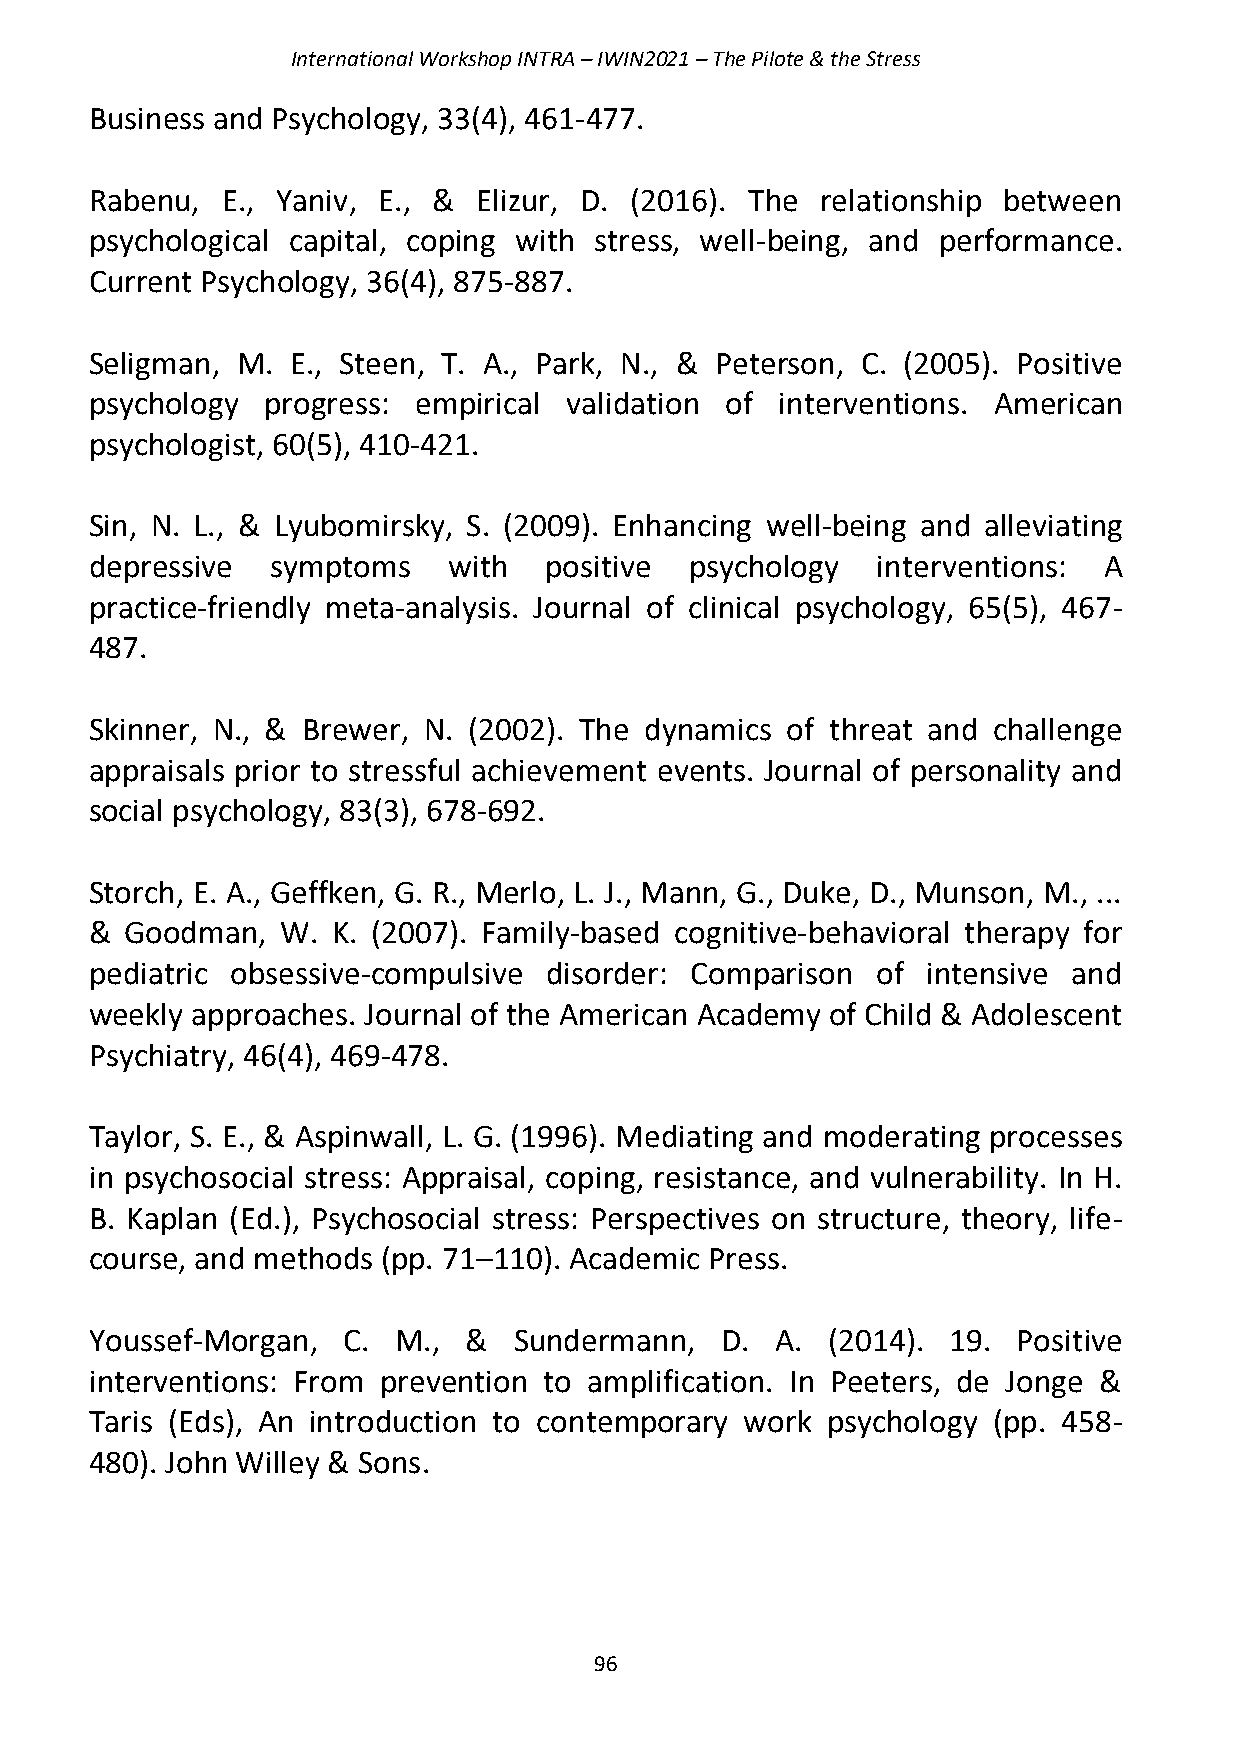
International Workshop INTRA – IWIN2021 – The Pilote & the Stress
 Business and Psychology, 33(4), 461-477.
 Rabenu,  E., Yaniv, E., & Elizur, D. (2016). The relationship between
 psychological capital, coping with stress, well-being, and performance.
 Current Psychology, 36(4), 875-887.
 Seligman, M. E., Steen, T. A., Park, N., & Peterson, C. (2005). Positive
 psychology  progress: empirical validation of interventions. American
 psychologist, 60(5), 410-421.
 Sin, N. L., & Lyubomirsky, S. (2009). Enhancing well‐being and alleviating
 depressive  symptoms    with  positive  psychology  interventions: A
 practice‐friendly meta‐analysis. Journal of clinical psychology, 65(5), 467-
 487.
 Skinner, N., & Brewer, N. (2002). The dynamics of threat and challenge
 appraisals prior to stressful achievement events. Journal of personality and
 social psychology, 83(3), 678-692.
 Storch, E. A., Geffken, G. R., Merlo, L. J., Mann, G., Duke, D., Munson, M., ...
 & Goodman,   W. K. (2007). Family-based cognitive-behavioral therapy for
 pediatric obsessive-compulsive disorder: Comparison of intensive and
 weekly approaches. Journal of the American Academy of Child & Adolescent
 Psychiatry, 46(4), 469-478.
 Taylor, S. E., & Aspinwall, L. G. (1996). Mediating and moderating processes
 in psychosocial stress: Appraisal, coping, resistance, and vulnerability. In H.
 B. Kaplan (Ed.), Psychosocial stress: Perspectives on structure, theory, life-
 course, and methods (pp. 71–110). Academic Press.
 Youssef-Morgan,  C. M.,  &  Sundermann,   D. A.  (2014). 19. Positive
 interventions: From prevention to amplification. In Peeters, de Jonge &
 Taris (Eds), An introduction to contemporary work psychology (pp. 458-
 480). John Willey & Sons.
 96